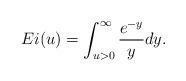
LaTeX: \begin{align*}Ei(u)=\int_{u>0}^\infty\frac{e^{-y}}{y}dy.\end{align*}